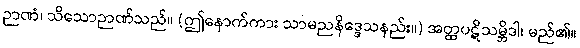
ဉာဏံ၊ သိသောဉာဏ်သည်။ (ဤနောက်ကား သာမညနိဒ္ဒေသနည်း။) အတ္ထပဋိသမ္ဘိဒါ၊ မည်၏။